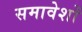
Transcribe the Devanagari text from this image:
समावेशों